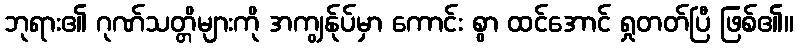
ဘုရား၏ ဂုဏ်သတ္တိများကို အကျွန်ုပ်မှာ ကောင်း စွာ ထင်အောင် ရှုတတ်ပြီ ဖြစ်၏။